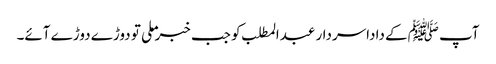
آپ ﷺکے داداسردار عبدالمطلب کو جب خبر ملی تو دوڑے دوڑے آئے۔